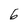
Character: 6